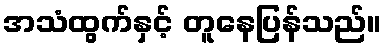
အသံထွက်နှင့် တူနေပြန်သည်။